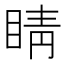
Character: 睛